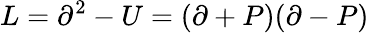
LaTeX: L=\partial^{2}-U=(\partial+P)(\partial-P)